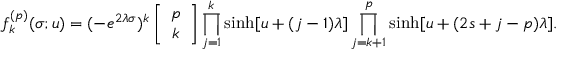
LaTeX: f _ { k } ^ { ( p ) } ( \sigma ; u ) = ( - e ^ { 2 \lambda \sigma } ) ^ { k } \left[ \begin{array} { c } { { p } } \\ { { k } } \end{array} \right] \prod _ { j = 1 } ^ { k } \sinh [ u + ( j - 1 ) \lambda ] \prod _ { j = k + 1 } ^ { p } \sinh [ u + ( 2 s + j - p ) \lambda ] .